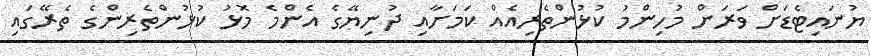
ޔުނައިޓެޑަށް ވަރަށް މުހިންމު ކުޅުންތެރިއެއް ކަމަށާއި ދުނިޔޭގެ އެންމެ މޮޅު ކުޅުންތެރިންގެ ތެރޭގައި